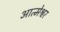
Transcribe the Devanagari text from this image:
आत्मेश्वर